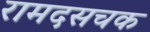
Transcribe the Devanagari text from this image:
रामदसचक